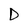
Character: D